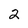
Character: 2